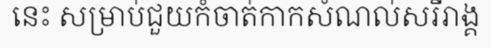
នេះ សម្រាប់ជួយកំចាត់កាកសំណល់សរីរាង្គ